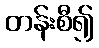
တန်းစီ၍